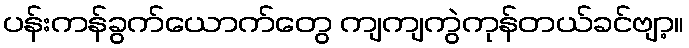
ပန်းကန်ခွက်ယောက်တွေ ကျကျကွဲကုန်တယ်ခင်ဗျာ့။